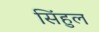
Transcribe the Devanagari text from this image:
सिंहुल